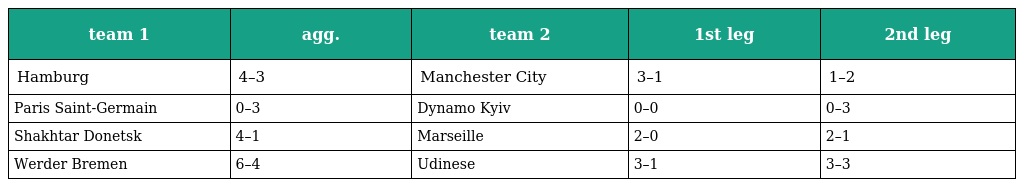
| team 1 | agg. | team 2 | 1st leg | 2nd leg |
 | --- | --- | --- | --- | --- |
 | Hamburg | 4–3 | Manchester City | 3–1 | 1–2 |
 | Paris Saint-Germain | 0–3 | Dynamo Kyiv | 0–0 | 0–3 |
 | Shakhtar Donetsk | 4–1 | Marseille | 2–0 | 2–1 |
 | Werder Bremen | 6–4 | Udinese | 3–1 | 3–3 |